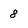
Character: 8